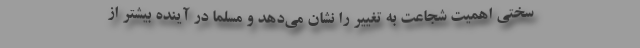
سختی اهمیت شجاعت به تغییر را نشان می‌دهد و مسلما در آینده بیشتر از